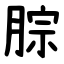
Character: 腙